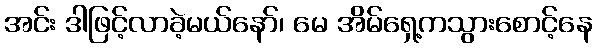
အင်း ဒါဖြင့်လာခဲ့မယ်နော်၊ မေ အိမ်ရှေ့ကသွားစောင့်နေ